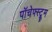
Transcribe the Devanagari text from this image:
पॉचेफ्स्ट्रूम